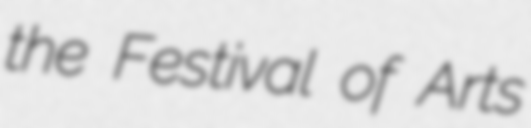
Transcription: the Festival of Arts